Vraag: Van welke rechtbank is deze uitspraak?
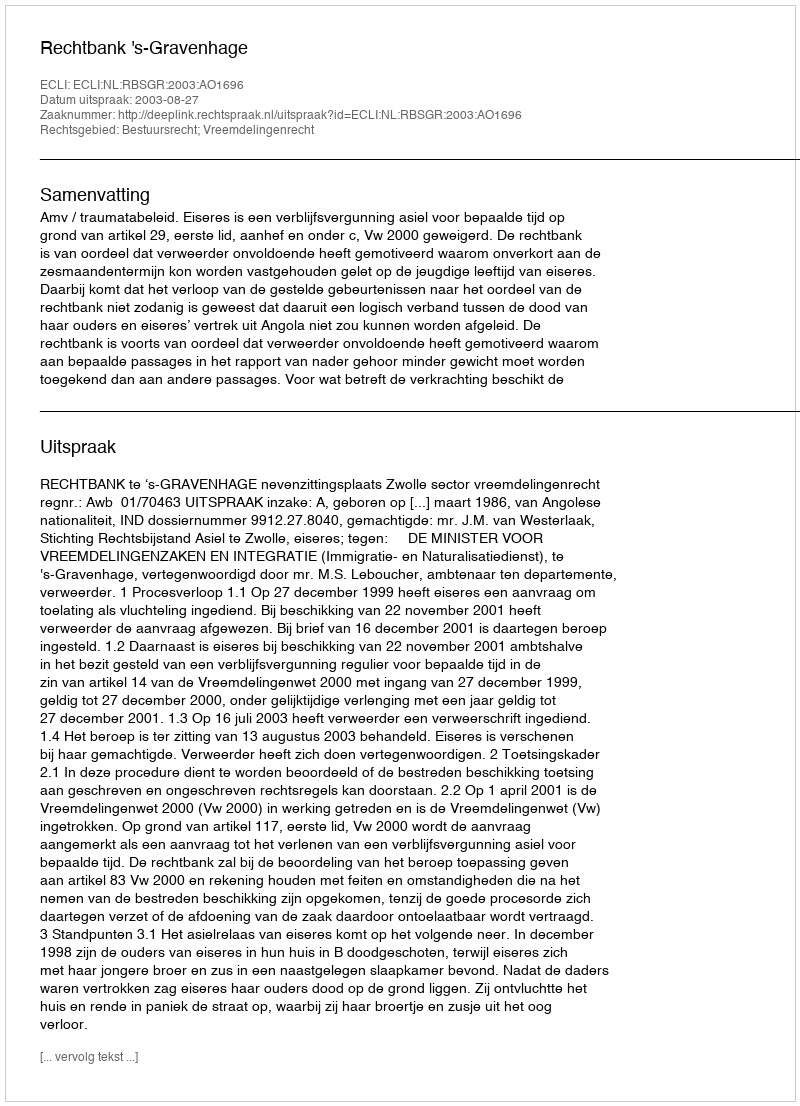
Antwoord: Rechtbank 's-Gravenhage